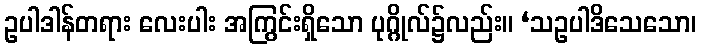
ဥပါဒါန်တရား လေးပါး အကြွင်းရှိသော ပုဂ္ဂိုလ်၌လည်း။ ‘သဥပါဒိသေသော၊